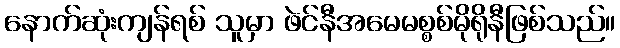
နောက်ဆုံးကျန်ရစ် သူမှာ ဖဲင်နီအမေမစ္စစ်မိုရိုနီဖြစ်သည်။